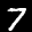
Label: 7